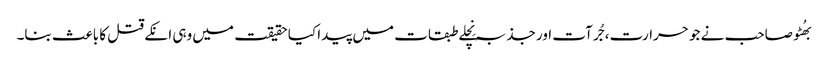
بھُٹو صاحب نے جو حرارت، جُرآت اور جذبہ نِچلے طبقات میں پیدا کیا حقیقت میں وہی انکے قتل کا باعث بنا۔